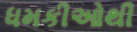
ધમકીઓથી